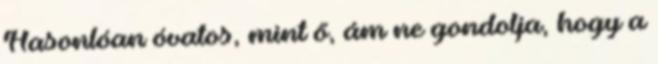
Hasonlóan óvatos, mint ő, ám ne gondolja, hogy a